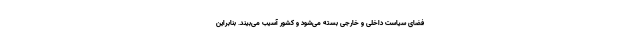
فضای سیاست داخلی و خارجی بسته می‌شود و کشور آسیب می‌بیند. بنابراین